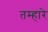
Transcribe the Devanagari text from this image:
तम्हारे